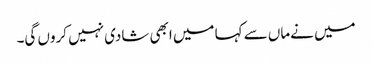
میں نےماں سے کہا میں ابھی شادی نہیں کروں گی۔